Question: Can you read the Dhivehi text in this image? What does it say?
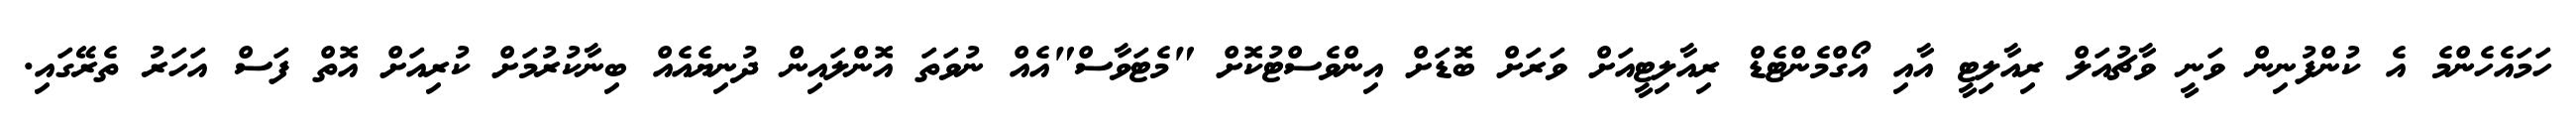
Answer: ހަމައެހެންމެ އެ ކުންފުނިން ވަނީ ވާޗުއަލް ރިއާލިޓީ އާއި އޯގްމެންޓެޑް ރިއާލިޓީއަށް ވަރަށް ބޮޑަށް އިންވެސްޓުކޮށް "މެޓަވާސް"އެއް ނުވަތަ އޮންލައިން ދުނިޔެއެއް ބިނާކުރުމަށް ކުރިއަށް އޮތް ފަސް އަހަރު ތެރޭގައި.